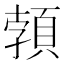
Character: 𩓐